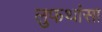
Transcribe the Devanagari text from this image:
लुफथांसा